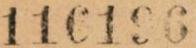
116196